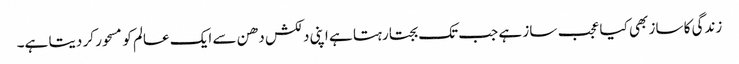
زندگی کا ساز بھی کیا عجب ساز ہے جب تک بجتا رہتا ہے اپنی دلکش دھن سے ایک عالم کو مسحور کر دیتا ہے۔